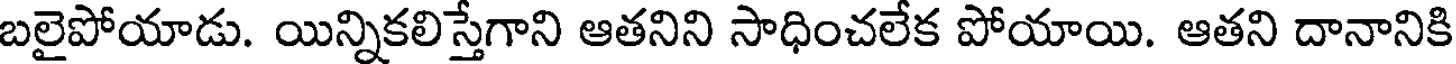
బలైపోయాడు. యిన్నికలిస్తేగాని ఆతనిని సాధించలేక పోయాయి. ఆతని దానానికి